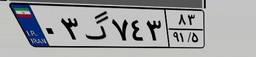
۰۳گ۷۴۳۸۳